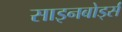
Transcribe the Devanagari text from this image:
साइनबोर्ड्स